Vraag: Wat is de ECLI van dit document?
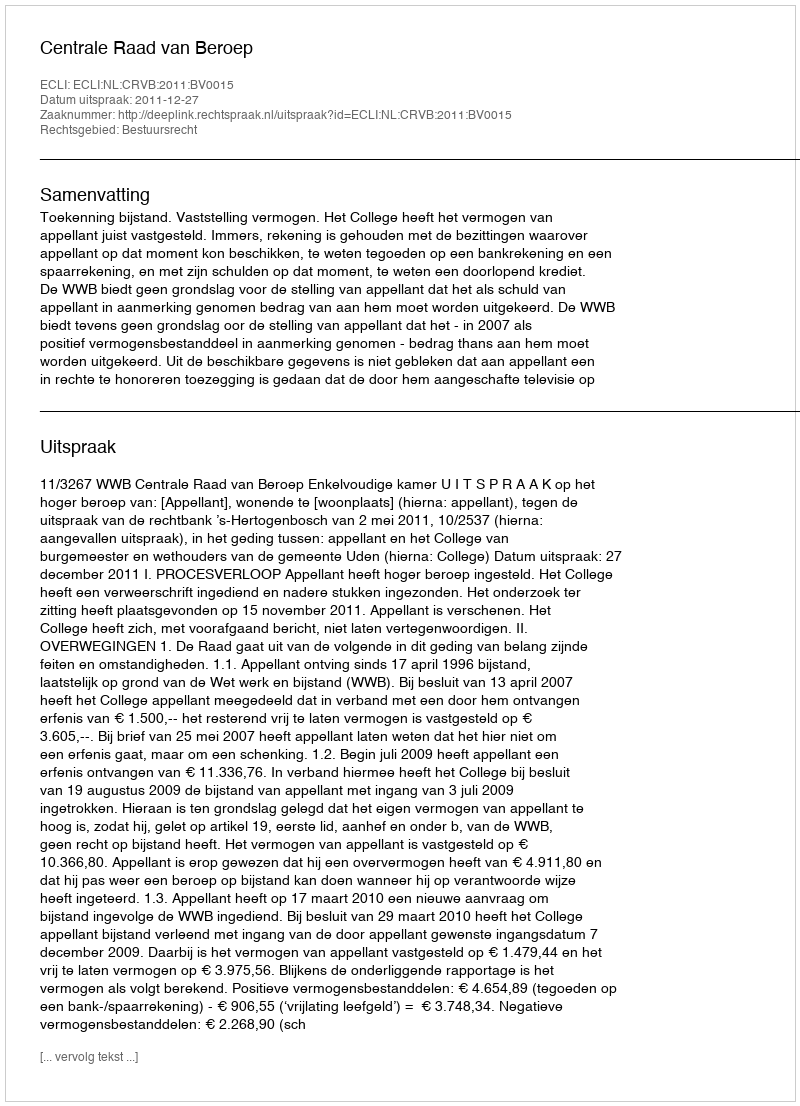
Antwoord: ECLI:NL:CRVB:2011:BV0015